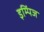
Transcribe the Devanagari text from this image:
इम्पिंज